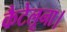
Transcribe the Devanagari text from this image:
कैटेलूना।